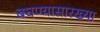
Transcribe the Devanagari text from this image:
बघण्यासारख्या